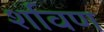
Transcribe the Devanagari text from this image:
र्शावण